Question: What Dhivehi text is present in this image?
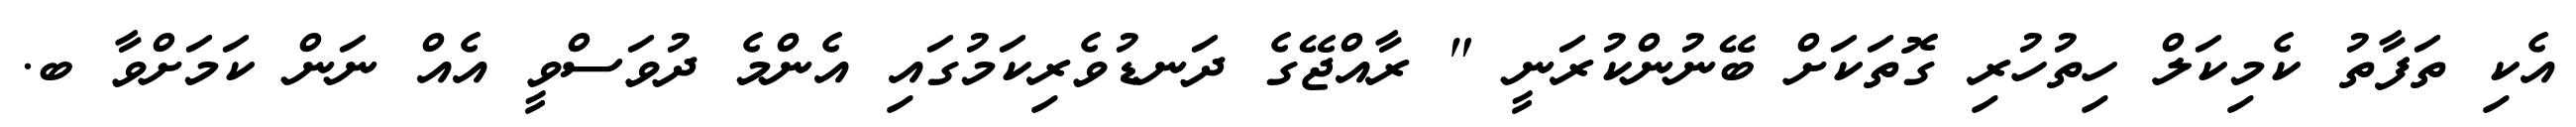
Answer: އެކި ތަފާތު ކެމިކަލް ހިތުހުރި ގޮތަކަށް ބޭނުންކުރަނީ " ރާއްޖޭގެ ދަނޑުވެރިކަމުގައި އެންމެ ދުވަސްވީ އެއް ނަން ކަމަށްވާ ބ.